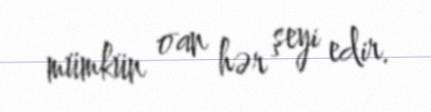
mümkün oan hər şeyi edir.